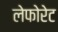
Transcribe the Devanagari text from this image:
लेफोरेट